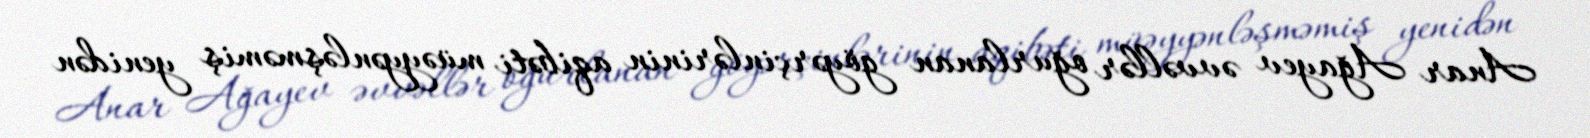
Anar Ağayev əvvəllər oğurlanan göyərçinlərinin aqibəti müəyyənləşməmiş yenidən